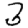
Digit: 3